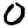
Digit: 0